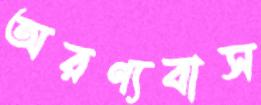
অরণ্যবাস